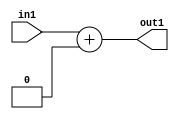
`timescale 1ps / 1ps
/*****************************************************************************
    Verilog RTL Description
    
    
    Created by: Stratus DpOpt 2019.1.01 
*******************************************************************************/

module DC_Filter_Add_5U_59_4 (
	in1,
	out1
	); /* architecture "behavioural" */ 
input [4:0] in1;
output [4:0] out1;
wire [4:0] asc001;

assign asc001 = 
	+(in1)
	+(5'B00000);

assign out1 = asc001;
endmodule

/* CADENCE  urn0Two= : u9/ySgnWtBlWxVPRXgAZ4Og= ** DO NOT EDIT THIS LINE ******/